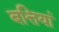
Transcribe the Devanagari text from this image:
बत्तियां